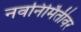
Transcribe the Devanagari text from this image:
नवनिर्मितीवर